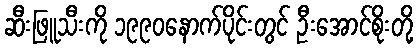
ဆီးဖြူသီးကို ၁၉၉၀နောက်ပိုင်းတွင် ဦးအောင်စိုးတို့